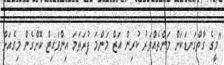
"މީގެ ގާތްގަނޑަކަށް މަންތެއްވަރު ކުރިން އަޒް މަންމަ ފުރަތަމަ އިންވައިޓް ކޮށްގެން މިގެއަށް